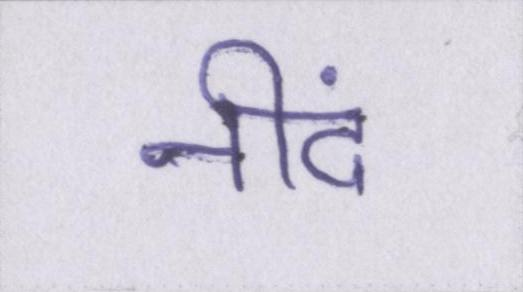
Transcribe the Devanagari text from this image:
नीदं